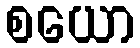
စယော